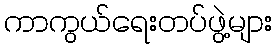
ကာကွယ်ရေးတပ်ဖွဲ့များ